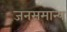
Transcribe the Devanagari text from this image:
जनसमान्य